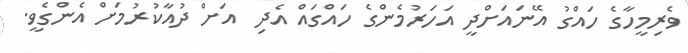
ވެރިމީހާގެ ހައްގު އޭނައަށްދީ އަހަރުމެންގެ ހައްގައް އެދި  އަށް ދުއާކުރުމަށް އެންގެވީ.